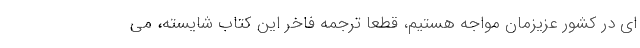
ای در کشور عزیزمان مواجه هستیم، قطعا ترجمه فاخر این کتاب شایسته، می